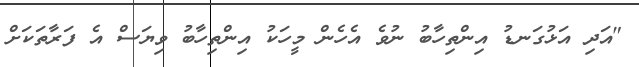
"އަދި އަޅުގަނޑު އިންތިހާބު ނުވެ އެހެން މީހަކު އިންތިހާބު ވިޔަސް އެ ފަރާތަކަށް